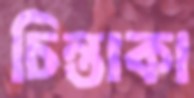
চিন্তাকা